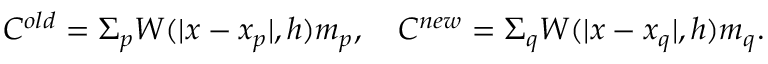
C ^ { o l d } = \Sigma _ { p } { W ( | x - x _ { p } | , h ) m _ { p } } , \quad C ^ { n e w } = \Sigma _ { q } { W ( | x - x _ { q } | , h ) m _ { q } } .